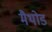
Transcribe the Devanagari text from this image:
मैथोड